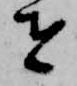
者